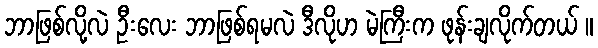
ဘာဖြစ်လို့လဲ ဦးလေး ဘာဖြစ်ရမလဲ ဒီလိုဟ မဲကြီးက ဖုန်းချလိုက်တယ် ။